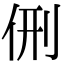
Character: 侀